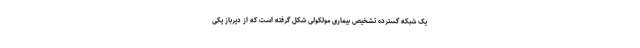
یک شبکه گسترده تشخیص بیماری مولکولی شکل گرفته است که از دیرباز یکی